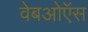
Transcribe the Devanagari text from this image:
वेबओऍस